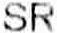
SR